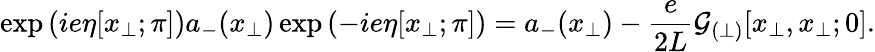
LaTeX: \exp\left(ie\eta[x_{\perp};\pi]\right)a_{-}(x_{\perp})\exp\left(-ie\eta[x_{\perp};\pi]\right)=a_{-}(x_{\perp})-\frac{e}{2L}{\cal G}_{(\perp)}[x_{\perp},x_{\perp};0].